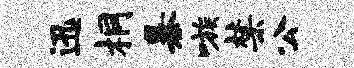
迅桐暴嗾禁公